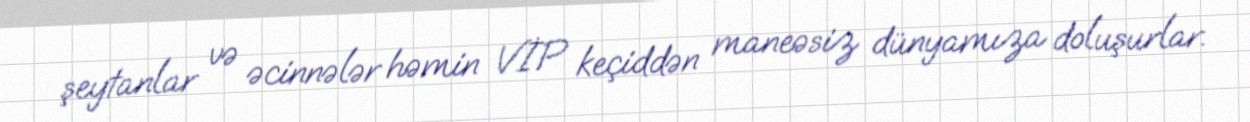
şeytanlar və əcinnələr həmin VİP keçiddən maneəsiz dünyamıza doluşurlar.